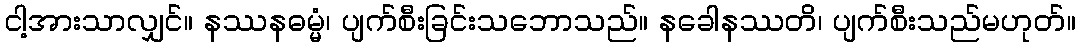
ငါ့အားသာလျှင်။ နဿနဓမ္မံ၊ ပျက်စီးခြင်းသဘောသည်။ နခေါနဿတိ၊ ပျက်စီးသည်မဟုတ်။